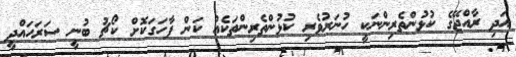
އަދި ރާއްޖޭގެ ކުޅުންތެރިންނަކީ ހުނަރުވެރި ކުޅުންތެރިންތަކެއް ކަން ފާހަގަކޮށް ކޯޗު ބުނީ ސަރަހައްދީ